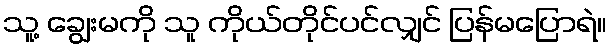
သူ့ ချွေးမကို သူ ကိုယ်တိုင်ပင်လျှင် ပြန်မပြောရဲ။